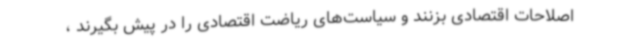
اصلاحات اقتصادی بزنند و سیاست‌های ریاضت اقتصادی را در پیش بگیرند ،